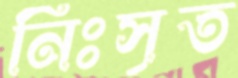
নিঃসৃত